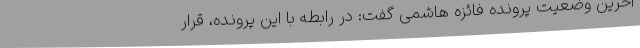
آخرین وضعیت پرونده فائزه هاشمی گفت: در رابطه با این پرونده، قرار